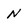
Character: N